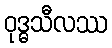
ဝုဒ္ဓသီလဿ